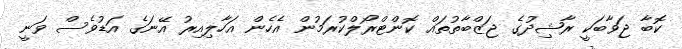
ކޮބާ ޖަވާބަކީ ރާޝިދުގެ ޖަޒްބާތުތައް ކޮންޓްރޯލްކުރަމުން އެހެން އަހާލިއިރު އޭނަގެ އަޑުވެސް ވަނީ